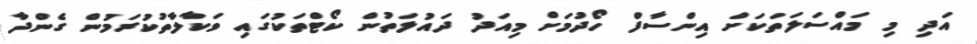
އަދި މި މައްސަލަތަކަށް އިންސާފް ހޯދުމަށް މިއަދު ދައުލަތުން ކޯޓްތަކުގައި ވަކާލާތުކުރަމުން ގެންދާ